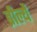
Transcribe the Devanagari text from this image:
ब्रीर्ल्ये